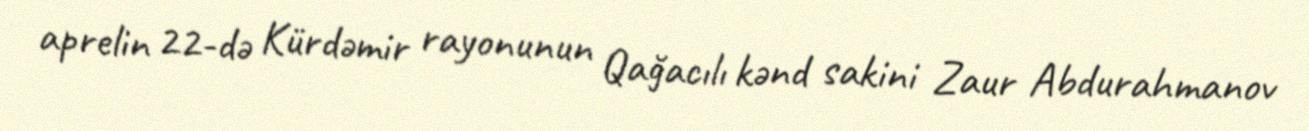
aprelin 22-də Kürdəmir rayonunun Qağacılı kənd sakini Zaur Abdurahmanov